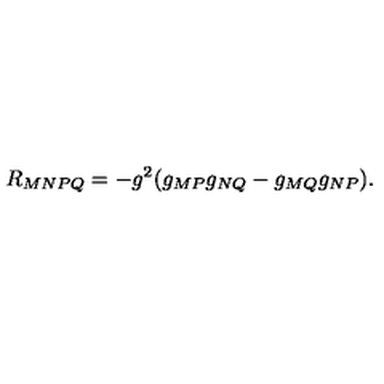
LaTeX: R _ { M N P Q } = - g ^ { 2 } ( g _ { M P } g _ { N Q } - g _ { M Q } g _ { N P } ) .